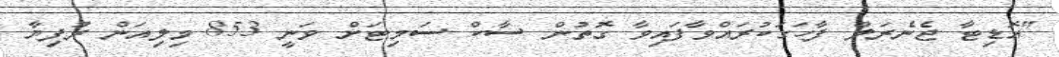
"އޮޑިޓާ ޖެނެރަލް ފާހަގަކުރައްވާފައިވާ ގޮތުން ސާކް ސަމިޓަށް ވަނީ 853 މިލިއަން ރުފިޔާ